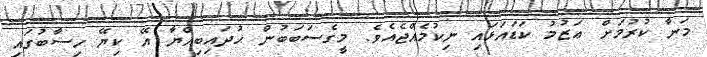
މަނާ ކުރުމަށް ޢަޒުމު ކަޑައަޅައި ނިކުމެއްޖެއެވެ. މީގެސަބަބުން ޙުދައިބިއްޔާ އޭ ކިޔޭ ހިސާބުގައި